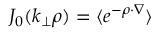
J _ { 0 } ( k _ { \perp } \rho ) = \langle e ^ { - \boldsymbol { \rho } \cdot { \nabla } } \rangle